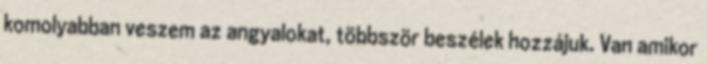
komolyabban veszem az angyalokat, többször beszélek hozzájuk. Van amikor